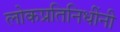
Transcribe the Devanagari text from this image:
लोकप्रतिनिधींनी